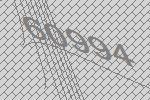
60994